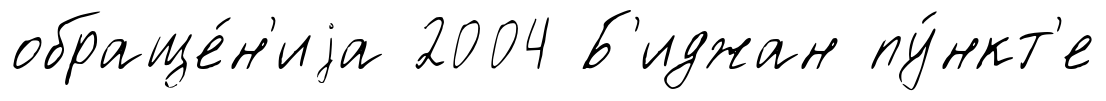
обраще́н'иjа 2004 Б'иджан пу́нкт'е